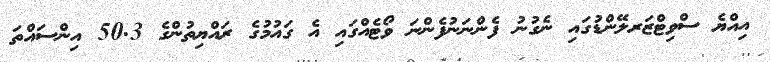
އިއްޔެ ސްވިޓްޒަރލޭންޑުގައި ނެގުނު ފެންނަނުފެންނަ ވޯޓެއްގައި އެ ގައުމުގެ ރައްޔިތުންގެ 50.3 އިންސައްތަ